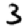
Digit: 3